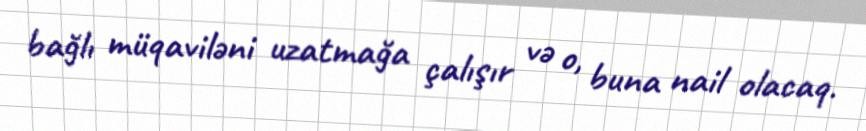
bağlı müqaviləni uzatmağa çalışır və o, buna nail olacaq.